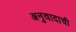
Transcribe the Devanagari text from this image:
अनुवादाची